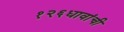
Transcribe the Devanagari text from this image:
१२६धावांची